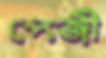
পেজী